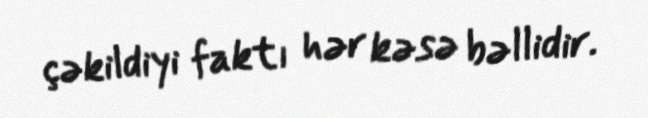
çəkildiyi faktı hər kəsə bəllidir.